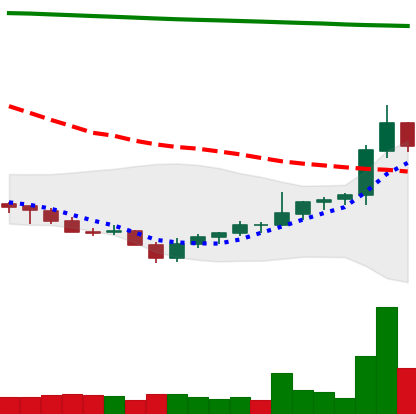
Ticker: NEO-USD
Chart end date: 2021-08-01
Forward return: 4.964%
Label: up_3_5